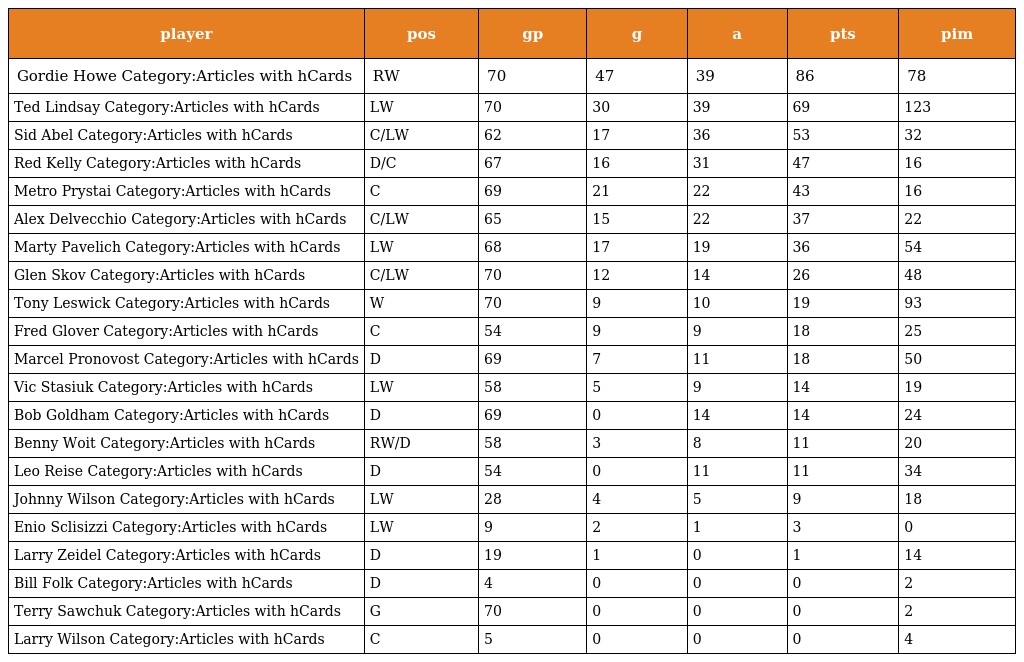
| player | pos | gp | g | a | pts | pim |
 | --- | --- | --- | --- | --- | --- | --- |
 | Gordie Howe Category:Articles with hCards | RW | 70 | 47 | 39 | 86 | 78 |
 | Ted Lindsay Category:Articles with hCards | LW | 70 | 30 | 39 | 69 | 123 |
 | Sid Abel Category:Articles with hCards | C/LW | 62 | 17 | 36 | 53 | 32 |
 | Red Kelly Category:Articles with hCards | D/C | 67 | 16 | 31 | 47 | 16 |
 | Metro Prystai Category:Articles with hCards | C | 69 | 21 | 22 | 43 | 16 |
 | Alex Delvecchio Category:Articles with hCards | C/LW | 65 | 15 | 22 | 37 | 22 |
 | Marty Pavelich Category:Articles with hCards | LW | 68 | 17 | 19 | 36 | 54 |
 | Glen Skov Category:Articles with hCards | C/LW | 70 | 12 | 14 | 26 | 48 |
 | Tony Leswick Category:Articles with hCards | W | 70 | 9 | 10 | 19 | 93 |
 | Fred Glover Category:Articles with hCards | C | 54 | 9 | 9 | 18 | 25 |
 | Marcel Pronovost Category:Articles with hCards | D | 69 | 7 | 11 | 18 | 50 |
 | Vic Stasiuk Category:Articles with hCards | LW | 58 | 5 | 9 | 14 | 19 |
 | Bob Goldham Category:Articles with hCards | D | 69 | 0 | 14 | 14 | 24 |
 | Benny Woit Category:Articles with hCards | RW/D | 58 | 3 | 8 | 11 | 20 |
 | Leo Reise Category:Articles with hCards | D | 54 | 0 | 11 | 11 | 34 |
 | Johnny Wilson Category:Articles with hCards | LW | 28 | 4 | 5 | 9 | 18 |
 | Enio Sclisizzi Category:Articles with hCards | LW | 9 | 2 | 1 | 3 | 0 |
 | Larry Zeidel Category:Articles with hCards | D | 19 | 1 | 0 | 1 | 14 |
 | Bill Folk Category:Articles with hCards | D | 4 | 0 | 0 | 0 | 2 |
 | Terry Sawchuk Category:Articles with hCards | G | 70 | 0 | 0 | 0 | 2 |
 | Larry Wilson Category:Articles with hCards | C | 5 | 0 | 0 | 0 | 4 |